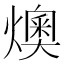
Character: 燠